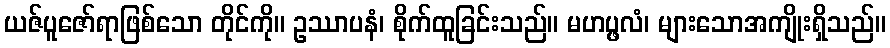
ယဇ်ပူဇော်ရာဖြစ်သော တိုင်ကို။ ဥဿာပနံ၊ စိုက်ထူခြင်းသည်။ မဟပ္ဖလံ၊ များသောအကျိုးရှိသည်။